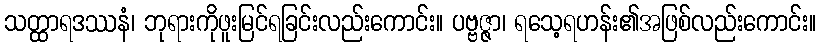
သတ္ထာရဒဿနံ၊ ဘုရားကိုဖူးမြင်ရခြင်းလည်းကောင်း။ ပဗ္ဗဇ္ဇာ၊ ရသေ့ရဟန်း၏အဖြစ်လည်းကောင်း။